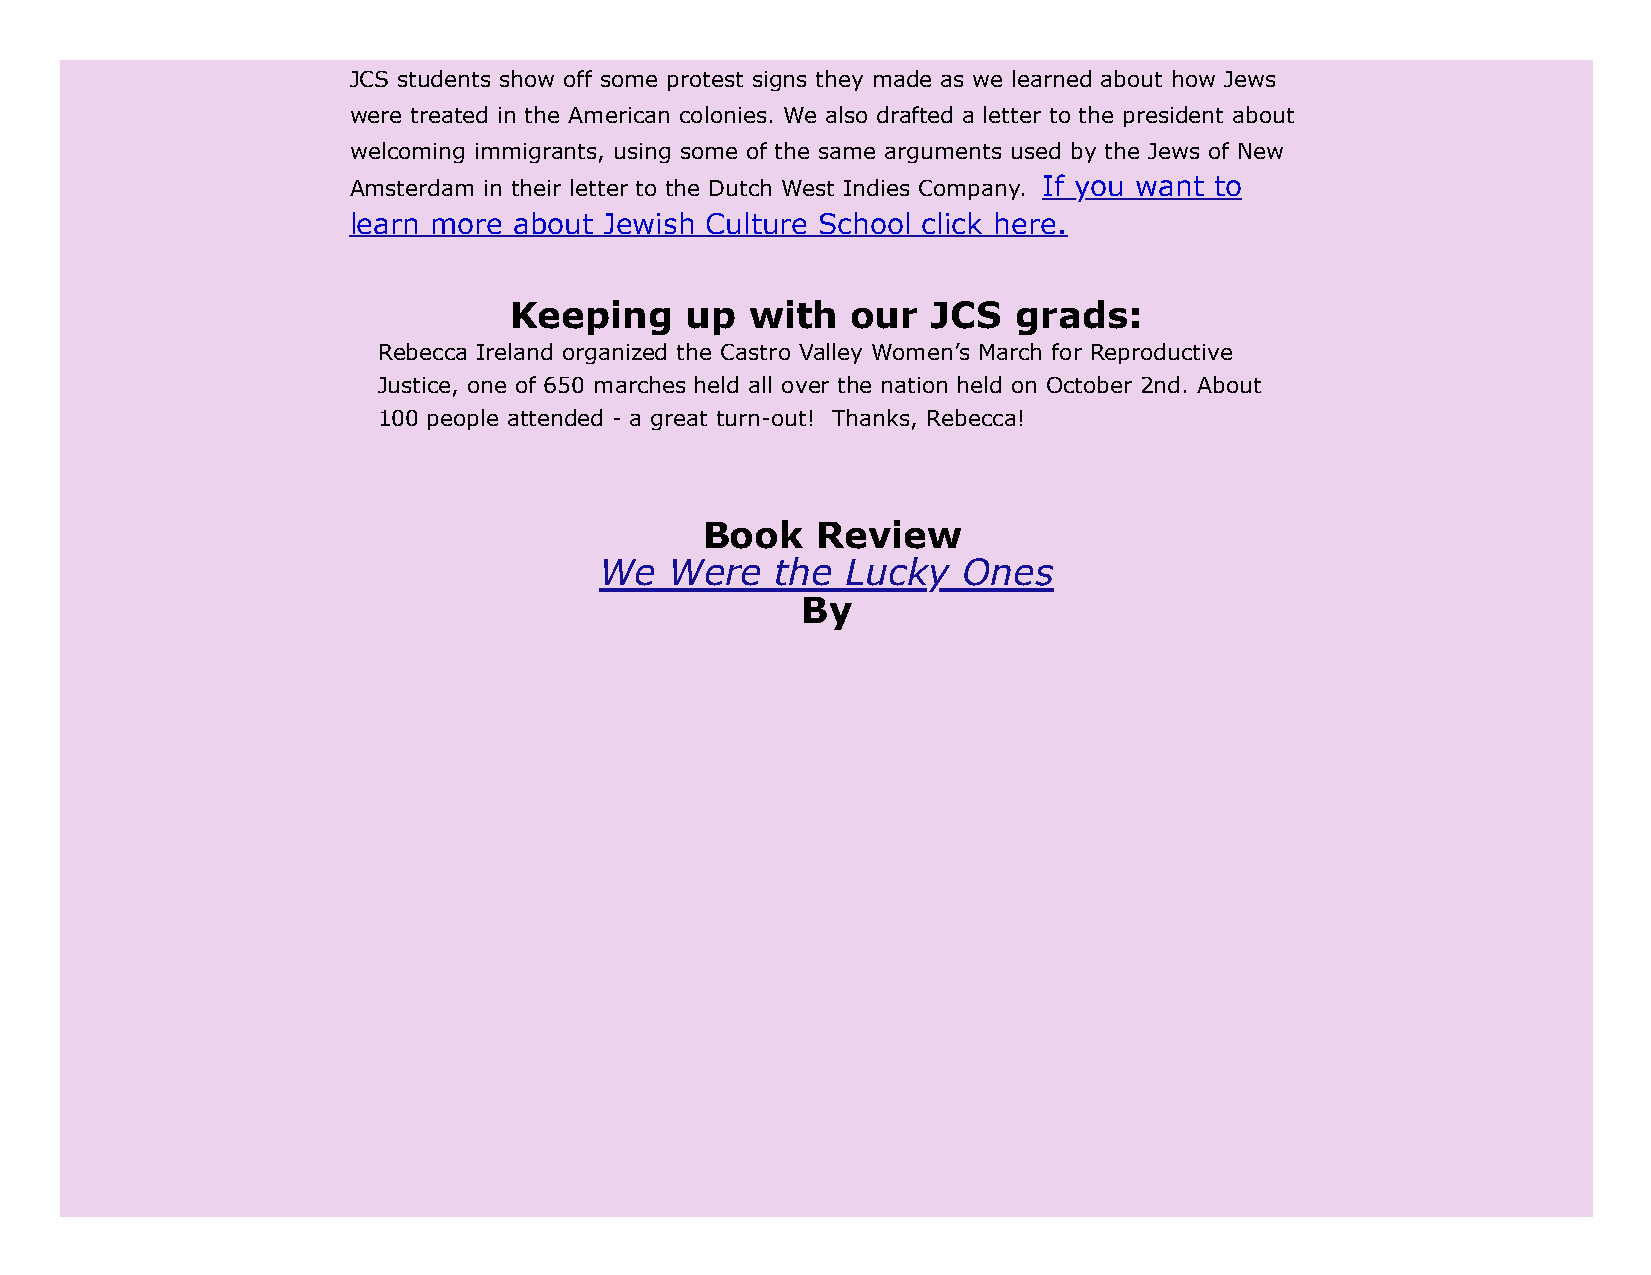
JCS students show off some protest signs they made as we learned about how Jews
 were treated in the American colonies. We also drafted a letter to the president about
 welcoming immigrants, using some of the same arguments used by the Jews of New
 Amsterdam in their letter to the Dutch West Indies Company. If you want to
 learn more about Jewish Culture School click here.
 Keeping    up   with  our   JCS  grads:
 Rebecca Ireland organized the Castro Valley Women’s March for Reproductive
 Justice, one of 650 marches held all over the nation held on October 2nd. About
 100 people attended - a great turn-out! Thanks, Rebecca!
 Book    Review
 We  Were   the  Lucky   Ones
 By